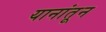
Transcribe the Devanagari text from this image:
यानांतून